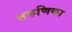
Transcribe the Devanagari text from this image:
तरुणिका